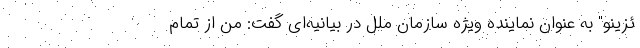
ئزینو" به عنوان نماینده ویژه سازمان ملل در بیانیه‌ای گفت: من از تمام